Madras plague regulations and rules for district municipalities and other towns and villages
Disease focus: Plague
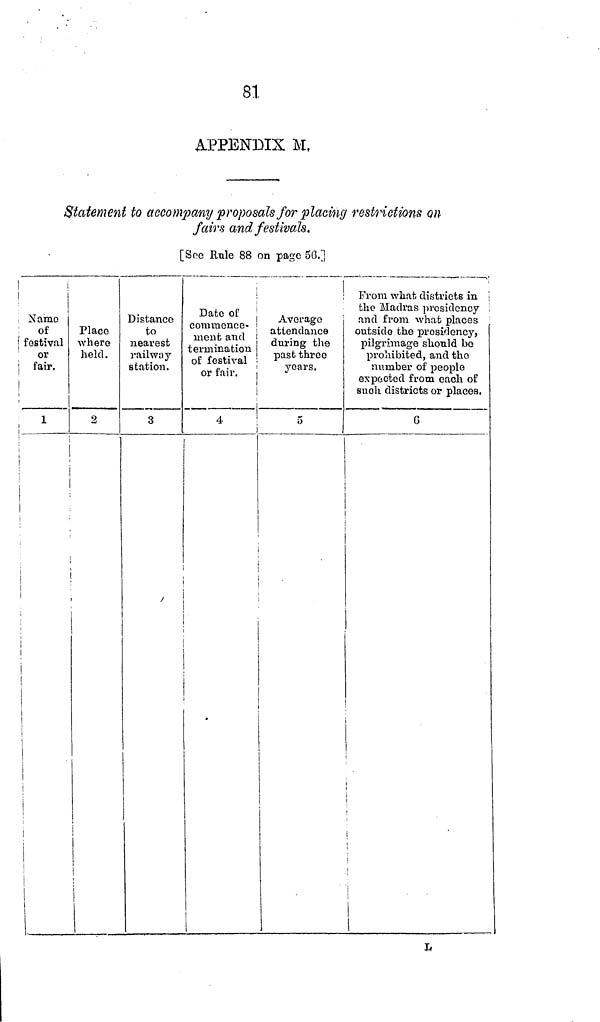
81
APPENDIX M,
Statement to accompany proposals for placing restrictions on
fairs and festivals.
[See Rule 88 on page 50.]
Name
of
festival
or
fair.
1
Place
where
held.
2
Distance
to
nearest
railway
station.
3
Date of
commence-
ment and
termination|
of festival
or fair.
4
Average
attendance
during the
past three
years.
5
From what districts in
the Madras presidency
and from what places
outside the presidency,
pilgrimage should be
prohibited, and the
number of people
expected from each of
such districts or places.
6
3